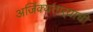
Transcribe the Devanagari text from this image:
अजिंक्‍यतार्‍याची